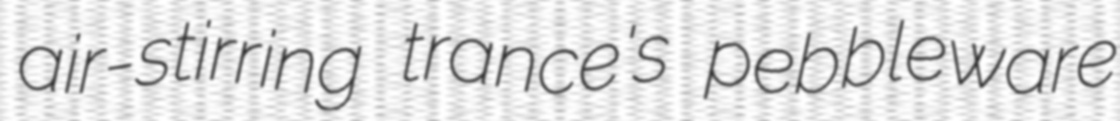
air-stirring trance's pebbleware